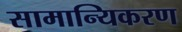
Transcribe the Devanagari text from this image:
सामान्यिकरण